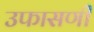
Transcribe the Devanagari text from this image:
उफासणी